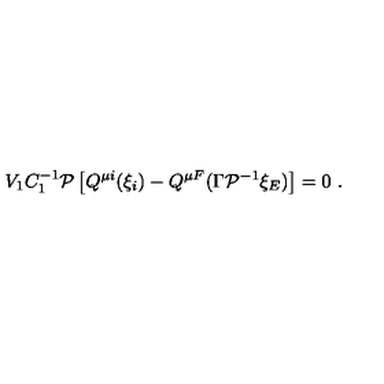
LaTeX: V _ { 1 } C _ { 1 } ^ { - 1 } { \cal P } \left[ Q ^ { \mu i } ( \xi _ { i } ) - Q ^ { \mu F } ( \Gamma { \cal P } ^ { - 1 } \xi _ { E } ) \right] = 0 \ .